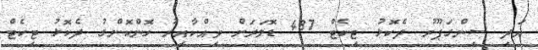
އަދި ސިންގަޕޫރު ދެކޮޅު ޓިކެޓް 487 ޑޮލަރަށް ވިއްކާއިރު ހޮންކޮންގު ދެކޮޅު ޓިކެޓް